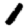
Digit: 1